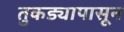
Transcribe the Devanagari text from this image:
तुकड्यापासून